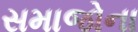
સમાજોના